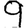
Digit: 9